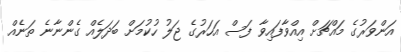
އަންވަރުގެ މައްޗަށް އިއްވާފައިވާ ފަސް އަހަރުގެ ޖަލު ހުކުމަށް ބަދަލެއް ގެންނާނެ ތަނެއް